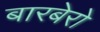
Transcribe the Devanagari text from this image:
बारबेरो